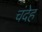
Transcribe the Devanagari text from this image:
चंदेह